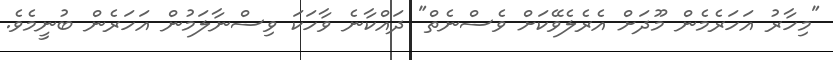
"މިހާރު އަހަރެމެން މޫދަށް އެރެލެވޭކަށް ވެސްނެތް" ދައްކާނެ ވާހަކަ ވިސްނާލަމުން އަހަރެން ބުނީމެވެ.